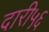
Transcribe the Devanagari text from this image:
दारी५६